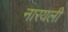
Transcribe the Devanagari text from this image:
नारयली